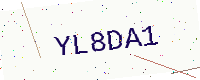
Text: YL8DA1